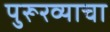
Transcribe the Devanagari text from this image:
पुरूरव्याचा